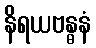
နိရယဗန္ဓနံ